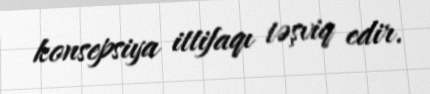
konsepsiya ittifaqı təşviq edir.